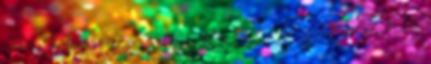
Gájer Zoli egy fidesztyik LMP-s, aztán követette őt hatalomátvételben